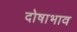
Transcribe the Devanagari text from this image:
दोषाभाव